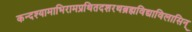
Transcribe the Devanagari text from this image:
कन्दश्यामाभिरामप्रथितदशरथब्रह्मविद्याविलासिन्